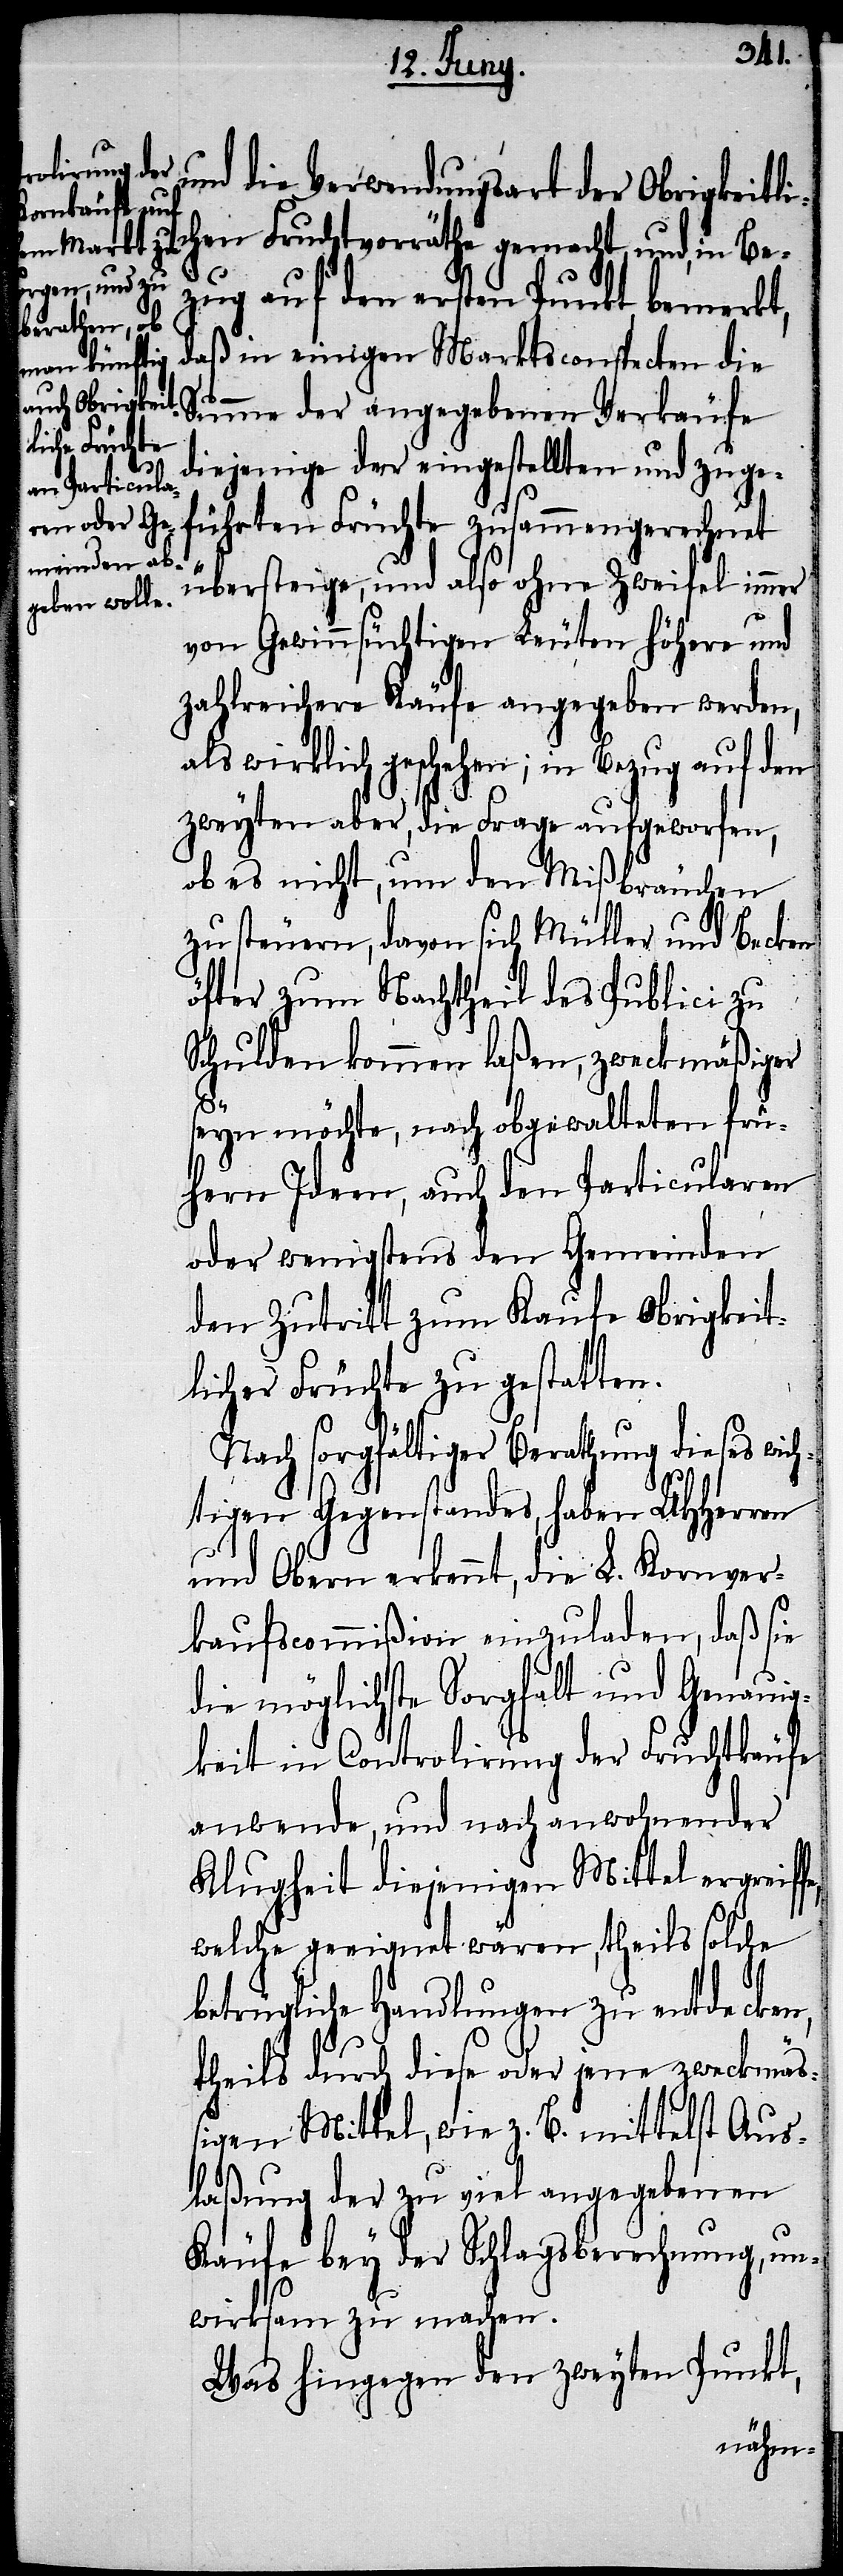
und die Verwendungsart der Obrigkeitli¬
chen Fruchtvorräthe gemacht, und, in Be¬
zug auf den ersten Punkt bemerkt,
daß in einigen Marktsconspecten die
Summe der angegebenen Verkäufe
diejenige der eingestellten und zuge¬
führten Früchte zusammengerechnet
übersteige, und also ohne Zweifel immer
von Gewinnsüchtigen Leuten höhere und
zahlreichere Käufe angegeben werden,
als wirklich geschehen; in Bezug auf den
zweyten aber, die Frage aufgeworfen,
ob es nicht, um den Mißbräuchen
zu steuern, davon sich Müller und Becken
öfter zum Nachtheil des Publici zu
Schulden kommen laßen, zweckmäßiger
seyn möchte, nach obwaltenden frü¬
hern Ideen, auch den Particularen
oder wenigstens den Gemeinden
den Zutritt zum Kaufe Obrigkeit¬
licher Früchte zu gestatten.
Nach sorgfältiger Berathung dieses wich¬
tigen Gegenstandes, haben UHHerren
und Obern erkennt, die L. Kornver¬
kaufscommißion einzuladen, daß sie
die möglichste Sorgfalt und Genauig¬
keit in Controlirung der Fruchtkäufe
anwende, und nach anwohnender
Klugheit diejenigen Mittel ergreif¬
welche geeignet wären, theils solche
betrügliche Handlungen zu entdecken,
fe,
theils durch diese oder jene zweckmä¬
ßigen Mittel, wie z. B. mittelst Aus¬
laßung bey der Schlagsberechnung, un¬
wirksam zu machen.
Was hingegen den zweyten Punkt,